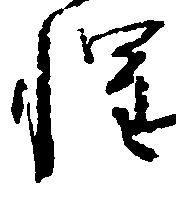
惶